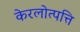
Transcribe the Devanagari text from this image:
केरलोत्पत्ति